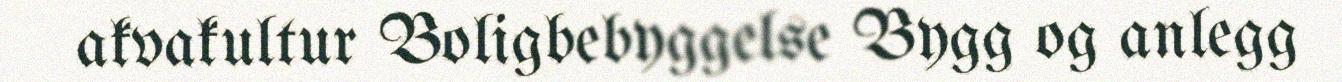
akvakultur Boligbebyggelse Bygg og anlegg